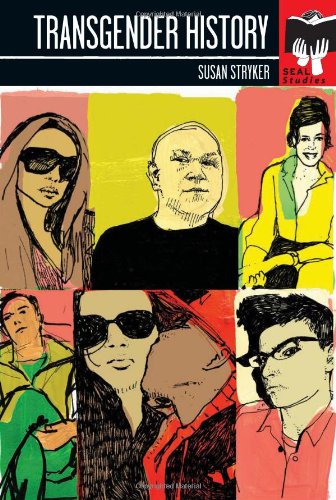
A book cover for Transgender History (Seal Studies); Susan Stryker; Gay & Lesbian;